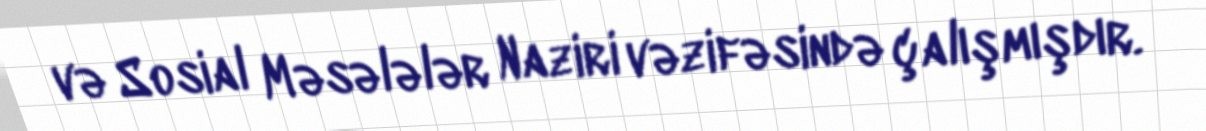
və Sosial Məsələlər Naziri vəzifəsində çalışmışdır.